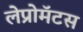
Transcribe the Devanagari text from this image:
लेप्रोमॅटस